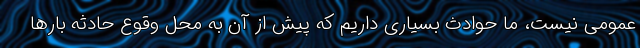
عمومی نیست، ما حوادث بسیاری داریم که پیش از آن به محل وقوع حادثه بارها